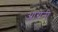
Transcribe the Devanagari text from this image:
आंग्रेनी